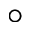
\textdegree